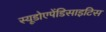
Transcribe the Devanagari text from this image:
स्यूडोएपेंडिसाइटिस